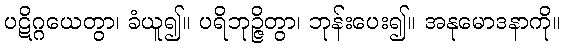
ပဋိဂ္ဂယေတွာ၊ ခံယူ၍။ ပရိဘုဉ္ဇိတွာ၊ ဘုန်းပေး၍။ အနုမောဒနာကို။